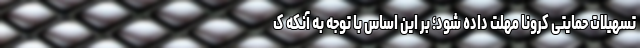
تسهیلات حمایتی کرونا مهلت داده شود؛ بر این اساس با توجه به آنکه ک